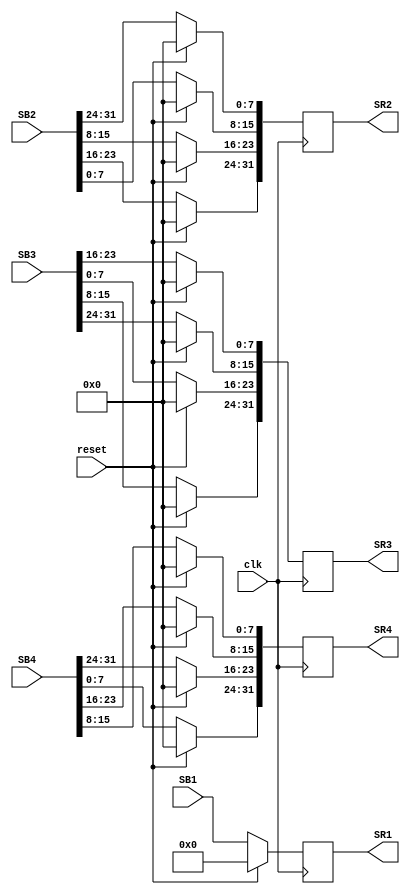
`timescale 1ns / 1ps 
//////////////////////////////////////////////////////////////////////////////////
module shift_row(SB1, SB2, SB3, SB4,SR1, SR2, SR3, SR4, clk, reset);

input clk, reset;
input [31:0] SB1;  // holds {b0, b4, b8, b12}
input [31:0] SB2;   // holds {b1, b5, b9, b13}
input [31:0] SB3;   // holds {b2, b6, b10, b14}
input [31:0] SB4;   // holds {b3, b7, b11, b15}
  
output reg [31:0] SR1;  // holds {b0, b4, b8, b12}
output reg [31:0] SR2;   // holds {b5, b9, b13, b1}
output reg [31:0] SR3;   // holds {b10, b14, b2, b6}
output reg [31:0] SR4;   // holds {b15, b3, b7, b11}

always@(posedge clk)
begin
if (reset == 1)
begin
   SR1 <= 0;
   SR2 <= 0;
   SR3 <= 0;
   SR4 <= 0;
  end    

else
 begin
 SR1 <= SB1;
   SR2[31:24] <= SB2[23:16];
   SR2[23:16] <= SB2[15:8];
   SR2[15:8] <= SB2[7:0];
   SR2[7:0] <= SB2[31:24];
   
   SR3[31:24] <= SB3[15:8];
   SR3[23:16] <= SB3[7:0];
   SR3[15:8] <= SB3[31:24];
   SR3[7:0] <= SB3[23:16];
   
   SR4[31:24] <= SB4[7:0];
   SR4[23:16] <= SB4[31:24];
   SR4[15:8] <= SB4[23:16];
   SR4[7:0] <= SB4[15:8];
  end
end
endmodule